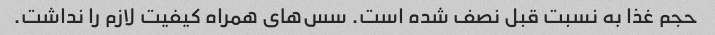
حجم غذا به نسبت قبل نصف شده است. سس‌های همراه کیفیت لازم را نداشت.